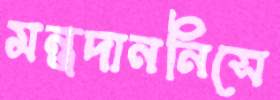
মন্ত্রদাননিসে